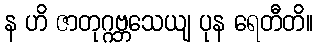
န ဟိ ဇာတုဂ္ဂဗ္ဘသေယျ ပုန ရေတီတိ။